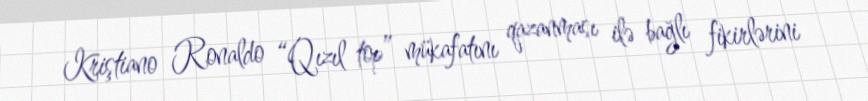
Kriştiano Ronaldo “Qızıl top” mükafatını qazanması ilə bağlı fikirlərini